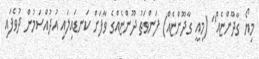
މިޔޯ ގާދޫންޏެއް" (މިއީ ގާދޫންޏެއް) ފަންވަތު ދޫންޏެއްގެ ވާފަށް ކަނޑައިލައި އުދުއްސަމުން ދުވެފައި